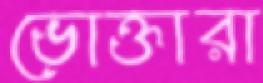
ভোক্তারা